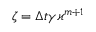
\zeta = \Delta t \gamma \varkappa ^ { m + 1 }